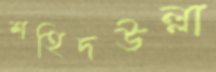
শহিদউল্লা